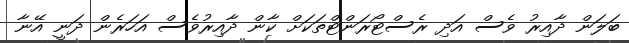
ބަލަން ދާއިރު ވެސް އަދި ރެސްޓޯރަންޓްތަކަށް ކާން ދާއިރުވެސް އަހަރެން ދަނީ އޭނާ